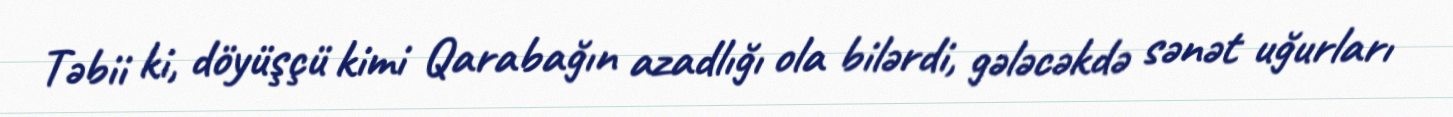
Təbii ki, döyüşçü kimi Qarabağın azadlığı ola bilərdi, gələcəkdə sənət uğurları